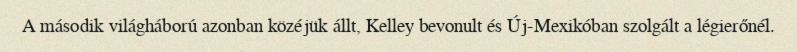
A második világháború azonban közéjük állt, Kelley bevonult és Új-Mexikóban szolgált a légierőnél.